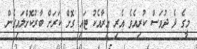
މީގެ ދެ ދުވަސް ކުރިއެވެ އެރި އިރާއެކު ޓައި ގޮށް ކަރަށް ބާރުކޮށްލައިގެން